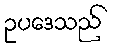
ဥပဒေသည်